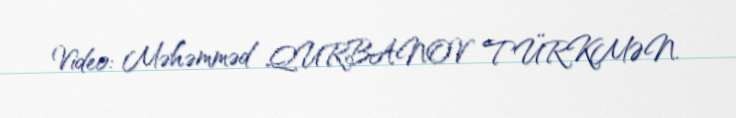
Video: Məhəmməd QURBANOV TÜRKMƏN.